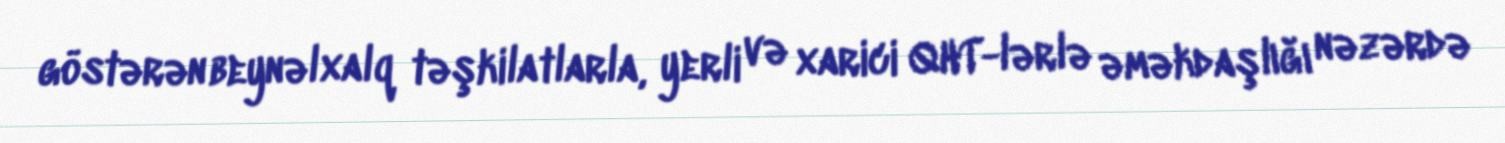
göstərən beynəlxalq təşkilatlarla, yerli və xarici QHT-lərlə əməkdaşlığı nəzərdə